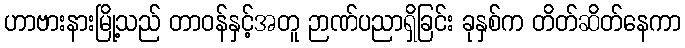
ဟာဗားနားမြို့သည် တာဝန်နှင့်အတူ ဉာဏ်ပညာရှိခြင်း ခုနှစ်က တိတ်ဆိတ်နေကာ